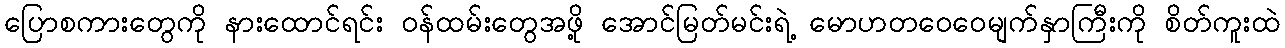
ပြောစကားတွေကို နားထောင်ရင်း ဝန်ထမ်းတွေအဖို့ အောင်မြတ်မင်းရဲ့ မောဟတဝေဝေမျက်နှာကြီးကို စိတ်ကူးထဲ